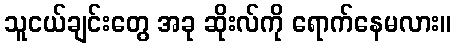
သူငယ်ချင်းတွေ အခု ဆိုးလ်ကို ရောက်နေမလား။